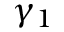
\gamma _ { 1 }